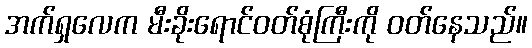
အက်ရှလေက မီးခိုးရောင်ဝတ်စုံကြီးကို ဝတ်နေသည်။